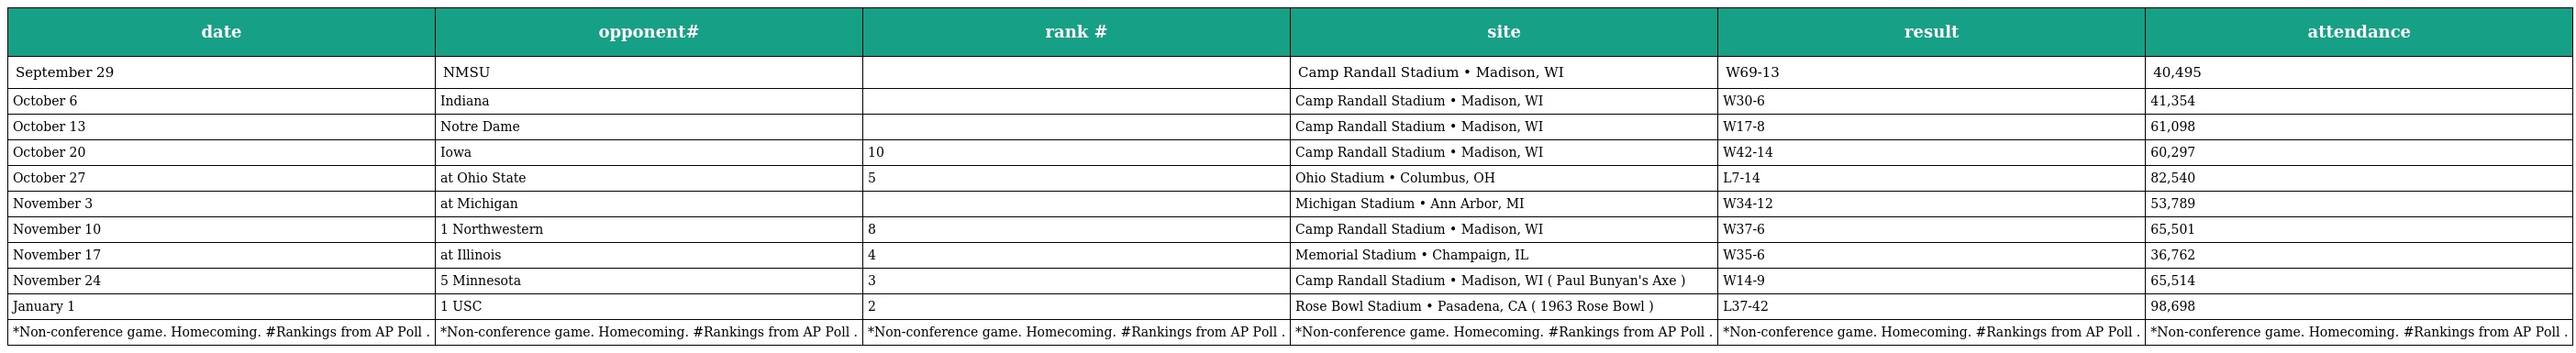
| date | opponent# | rank # | site | result | attendance |
 | --- | --- | --- | --- | --- | --- |
 | September 29 | NMSU |  | Camp Randall Stadium • Madison, WI | W69-13 | 40,495 |
 | October 6 | Indiana |  | Camp Randall Stadium • Madison, WI | W30-6 | 41,354 |
 | October 13 | Notre Dame |  | Camp Randall Stadium • Madison, WI | W17-8 | 61,098 |
 | October 20 | Iowa | 10 | Camp Randall Stadium • Madison, WI | W42-14 | 60,297 |
 | October 27 | at Ohio State | 5 | Ohio Stadium • Columbus, OH | L7-14 | 82,540 |
 | November 3 | at Michigan |  | Michigan Stadium • Ann Arbor, MI | W34-12 | 53,789 |
 | November 10 | 1 Northwestern | 8 | Camp Randall Stadium • Madison, WI | W37-6 | 65,501 |
 | November 17 | at Illinois | 4 | Memorial Stadium • Champaign, IL | W35-6 | 36,762 |
 | November 24 | 5 Minnesota | 3 | Camp Randall Stadium • Madison, WI ( Paul Bunyan's Axe ) | W14-9 | 65,514 |
 | January 1 | 1 USC | 2 | Rose Bowl Stadium • Pasadena, CA ( 1963 Rose Bowl ) | L37-42 | 98,698 |
 | *Non-conference game. Homecoming. #Rankings from AP Poll . | *Non-conference game. Homecoming. #Rankings from AP Poll . | *Non-conference game. Homecoming. #Rankings from AP Poll . | *Non-conference game. Homecoming. #Rankings from AP Poll . | *Non-conference game. Homecoming. #Rankings from AP Poll . | *Non-conference game. Homecoming. #Rankings from AP Poll . |